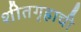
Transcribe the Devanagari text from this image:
शीतगृहाची